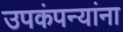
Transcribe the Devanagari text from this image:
उपकंपन्यांना